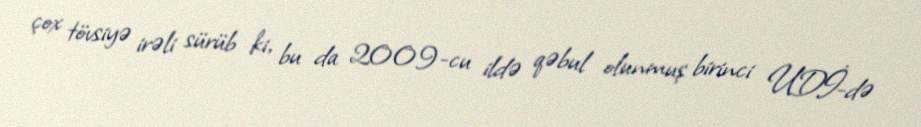
çox tövsiyə irəli sürüb ki, bu da 2009-cu ildə qəbul olunmuş birinci UDİ-də